Report on vaccination in Madras 1904-1921 - 1904-1921
Year: 1904
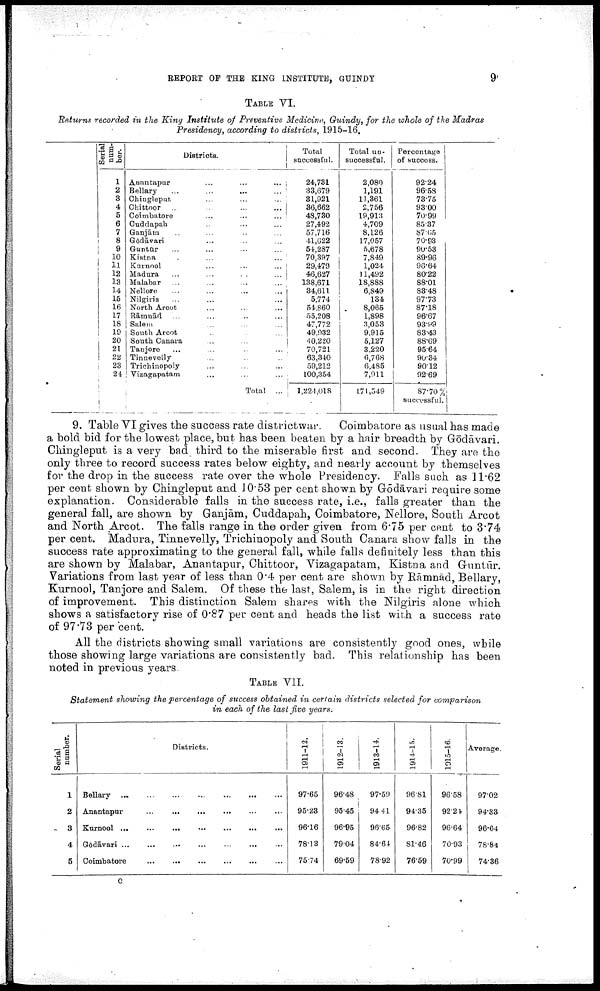
REPORT OF THE KING INSTITUTE, GUINDY
9
TABLE VI.
Returns recorded in the King Institute of Preventive Medicine, Guindy, for the whole of the Madras
Presidency, according to districts, 1915-16.
Serial
num
ber.
1
2
3
4
5
6
7
8
9
10
11 12
13
14
15
16
17
18
19
20
21
22
23
24
Districts.
Anantapur
...
...
...
Bellary
...
...
...
...
Chingleput
...
...
...
Chittoor ...
...
...
...
Coimbatore
...
...
...
Cuddapah ... ... ...
Ganjām ... ... ... ...
Godāvari ... ... ...
Guntūr ... ... ... ... ...
Kistna ... ... ... ...
Kurnool ... ... ... ...
Madura
...
...
...
...
Malabar ... ... ... ...
Nellore ... ... ... ...
Nilgiris ... ... ...
North Arcot ... ... ...
Rāmnād ... ... ... ...
Salem ... ... ... ...
South Arcot ... ... ... ...
South Canara ... ... ...
Tanjore ... ... ... ...
Tinnevelly ... ... ...
Trichinopoly ... ... ...
Vizagapatam ... ... ...
Total ...
Total
successful.
24,731
33,679
31,921
36,662
48,730
27,492
57,716
41,622
54,287
70,397
29,479
46,627
138,671
34,611
5,774
54,860
55,208
47,772
49,932
40,220
70,721
63,340
59,212
100,354
1,224,018
Total un
successful.
2,080
1,191
11,361
2,756
19,913
4,709
8,126
17,057
5,678
7,849
1,024
11,492
18,888
6,849
134
8,065
1,898
3,053
9,915
5,127
3,220
6,768
6,485
7,911
171,549
Percentage
of success.
92.24
96.58
73.75
93.00
70.99
85.37
87.65
70.93
90.53
89.96
96.64
80.22
88.01
83.48
97.73
87.18
96.67
93.99
83.43
88.69
95.64
90.34
90.12
92.69
87.70%
successful.
9. Table VI gives the success rate districtwar. Coimbatore as usual has made
a bold bid for the lowest place, but has been beaten by a hair breadth by Gōdāvari.
Chingleput is a very bad third to the miserable first and second. They are the
only three to record success rates below eighty, and nearly account by themselves
for the drop in the success rate over the whole Presidency. Falls such as 11.62
per cent shown by Chingleput and 10.53 per cent shown by Gōdāvari require some
explanation. Considerable falls in the success rate, i.e., falls greater than the
general fall, are shown by Ganjām, Cuddapah, Coimbatore, Nellore, South Arcot
and North Arcot. The falls range in the order given from 6.75 per cent to 3.74
per cent. Madura, Tinnevelly, Trichinopoly and South Canara show falls in the
success rate approximating to the general fall, while falls definitely less than this
are shown by Malabar, Anantapur, Chittoor, Vizagapatam, Kistna and Guntūr.
Variations from last year of less than 0.4 per cent are shown by Rāmnād, Bellary,
Kurnool, Tanjore and Salem. Of these the last, Salem, is in the right direction
of improvement. This distinction Salem shares with the Nilgiris alone which
shows a satisfactory rise of 0.87 per cent and heads the list with a success rate
of 97.73 per cent.
All the districts showing small variations are consistently good ones, while
those showing large variations are consistently bad. This relationship has been
noted in previous years.
TABLE VII.
Statement showing the percentage of success obtained in certain districts selected for comparison
in each of the last five years.
Serial
number.
1
2
3
4
5
Districts.
Bellary
...
...
...
...
...
Anantapur
...
...
...
...
...
Kurnool
...
...
...
...
...
Gōdāvari
...
...
...
...
...
Coimbatore
...
...
...
...
...
1911-12.
97.65
95.28
96.16
78.13
75.74
1912.13.
96.48
95.45
96.95
79.04
69.59
1913.14.
97.50
94.41
96.65
84.61
78.92
1914.15.
96.81
94.35
96.82
81.46
76.59
1915.16.
96.58
92.24
96.64
70.93
70.99
Average.
97.02
94.33
96.64
78.84
74.36
c